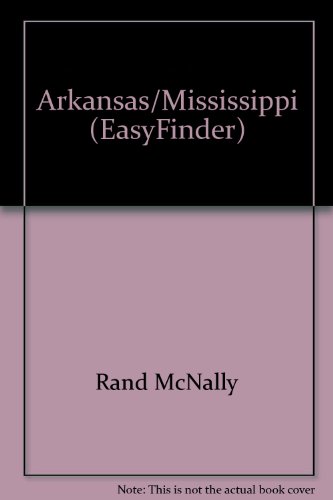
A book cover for Rand McNally Arkansas/Mississippi Easyfinder Map; Rand McNally; Travel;